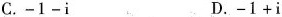
C.$$-1-i$$ D.$$-1+i$$